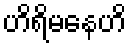
ဟိရိမနေဟိ